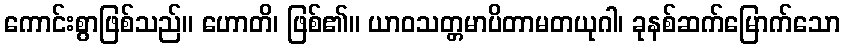
ကောင်းစွာဖြစ်သည်။ ဟောတိ၊ ဖြစ်၏။ ယာဝသတ္တမာပိတာမတယုဂါ၊ ခုနစ်ဆက်မြောက်သော